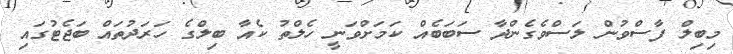
މިބިލް ފާސްވުން ލަސްވެގެންދާ ސަބަބެއް ކަމަށްވަނީ ހެލްތު ކެއާ ބިލްގެ ހަރަދުތައް ބަޖެޓުގައި